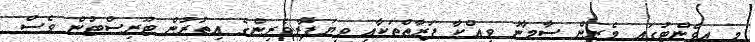
މި އިވެންޓުގައި މެރިން ސާމާނު ވިއްކާ ފަރާތްތަކާއި ވިޔަފާރިވެރިންގެ އިތުރުން ޓޫރިސްޓުން ވެސް